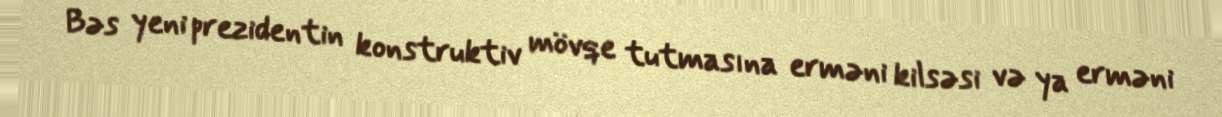
Bəs yeni prezidentin konstruktiv mövqe tutmasına erməni kilsəsi və ya erməni